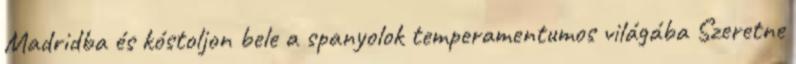
Madridba és kóstoljon bele a spanyolok temperamentumos világába Szeretne